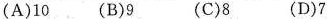
(A)10 (B)9 (C)8 (D)7